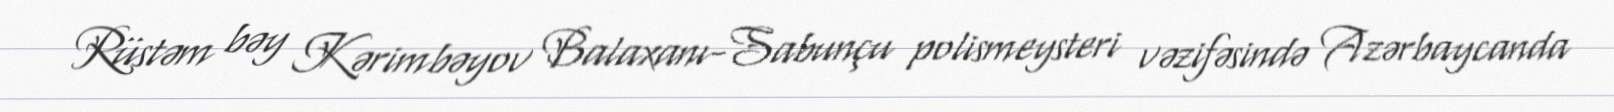
Rüstəm bəy Kərimbəyov Balaxanı-Sabunçu polismeysteri vəzifəsində Azərbaycanda